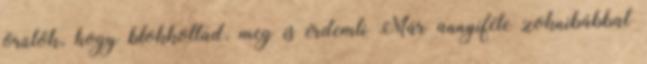
örülök, hogy blokkoltad, meg is érdemli Már annyiféle zoknibábbal